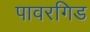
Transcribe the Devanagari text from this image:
पावरगिड